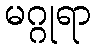
မဂ္ဂုရာ